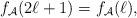
LaTeX: \begin{align*}f_\mathcal{A}(2\ell+1)=f_\mathcal{A}(\ell),\end{align*}